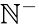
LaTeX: \mathbb{N}^{-}